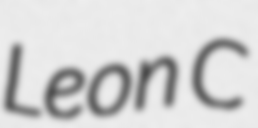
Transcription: Leon C